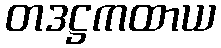
တဒဋ္ဌကထာယ